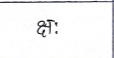
मजकूर: क्षः